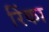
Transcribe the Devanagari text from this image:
रिंका